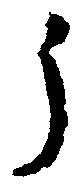
う